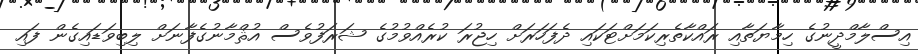
އިސްލާމްދީނުގެ ހިމާޔަތާއި ރައްކާތެރިކަމަށްޓަކައި ދެފަހަރަށް ހިޖުރަ ކުރެއްވުމުގެ ޝަރަފުވެސް އުޘްމާނުގެފާނަށް ލިބިވަޑައިގެން ފައި